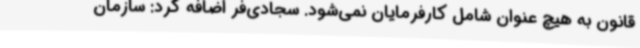
قانون به هیچ عنوان شامل کارفرمایان نمی‌شود. سجادی‌فر اضافه کرد: سازمان